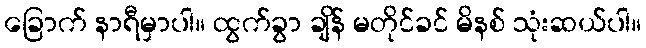
ခြောက် နာရီမှာပါ။ ထွက်ခွာ ချိန် မတိုင်ခင် မိနစ် သုံးဆယ်ပါ။